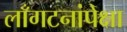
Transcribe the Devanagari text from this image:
लाँगटनांपेक्षा